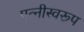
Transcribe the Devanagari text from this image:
पत्नीस्वरूप